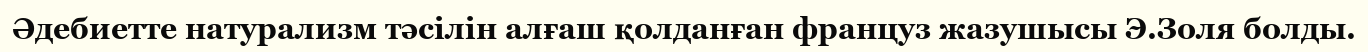
Әдебиетте натурализм тәсілін алғаш қолданған француз жазушысы Э.Золя болды.